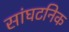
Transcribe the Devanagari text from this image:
सांघटनिक